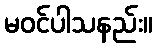
မဝင်ပါသနည်း။